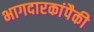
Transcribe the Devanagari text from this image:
भागदारकांपैकी